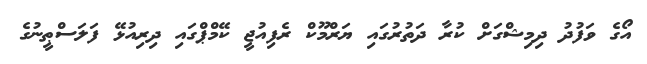
އޯގެ ވަފުދު ދިމިޝްގަށް ކުރާ ދަތުރުގައި ޔަރްމޫކް ރެފިއުޖީ ކޭމްޕްގައި ދިރިއުޅޭ ފަލަސްޠީނުގެ